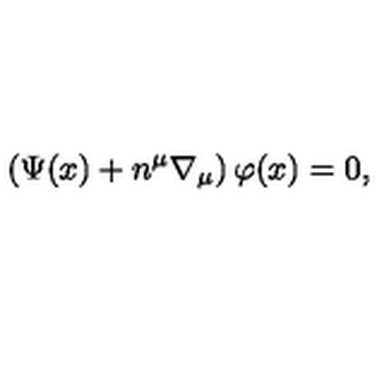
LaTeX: \left( \Psi ( x ) + n ^ { \mu } \nabla _ { \mu } \right) \varphi ( x ) = 0 ,